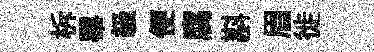
柝畢級便腐斟眉徙